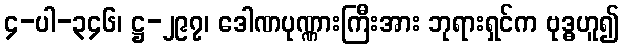
၄-ပါ-၃၄၆၊ ဋ္ဌ-၂၉၇၊ ဒေါဏပုဏ္ဏားကြီးအား ဘုရားရှင်က ဗုဒ္ဓဟူ၍